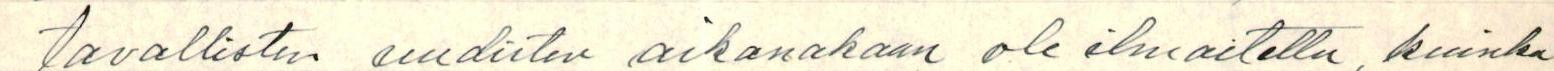
tavallisten uudisten aikanakaan ole ilmoitettu, kuinka